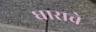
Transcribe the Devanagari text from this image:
धाराचे